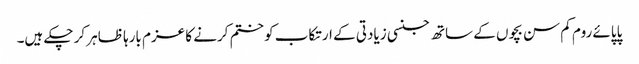
پاپائے روم کم سن بچوں کے ساتھ جنسی زیادتی کے ارتکاب کو ختم کرنے کا عزم بارہا ظاہر کر چکے ہیں۔